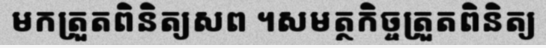
មកត្រួតពិនិត្យសព ។សមត្ថកិច្ចត្រួតពិនិត្យ